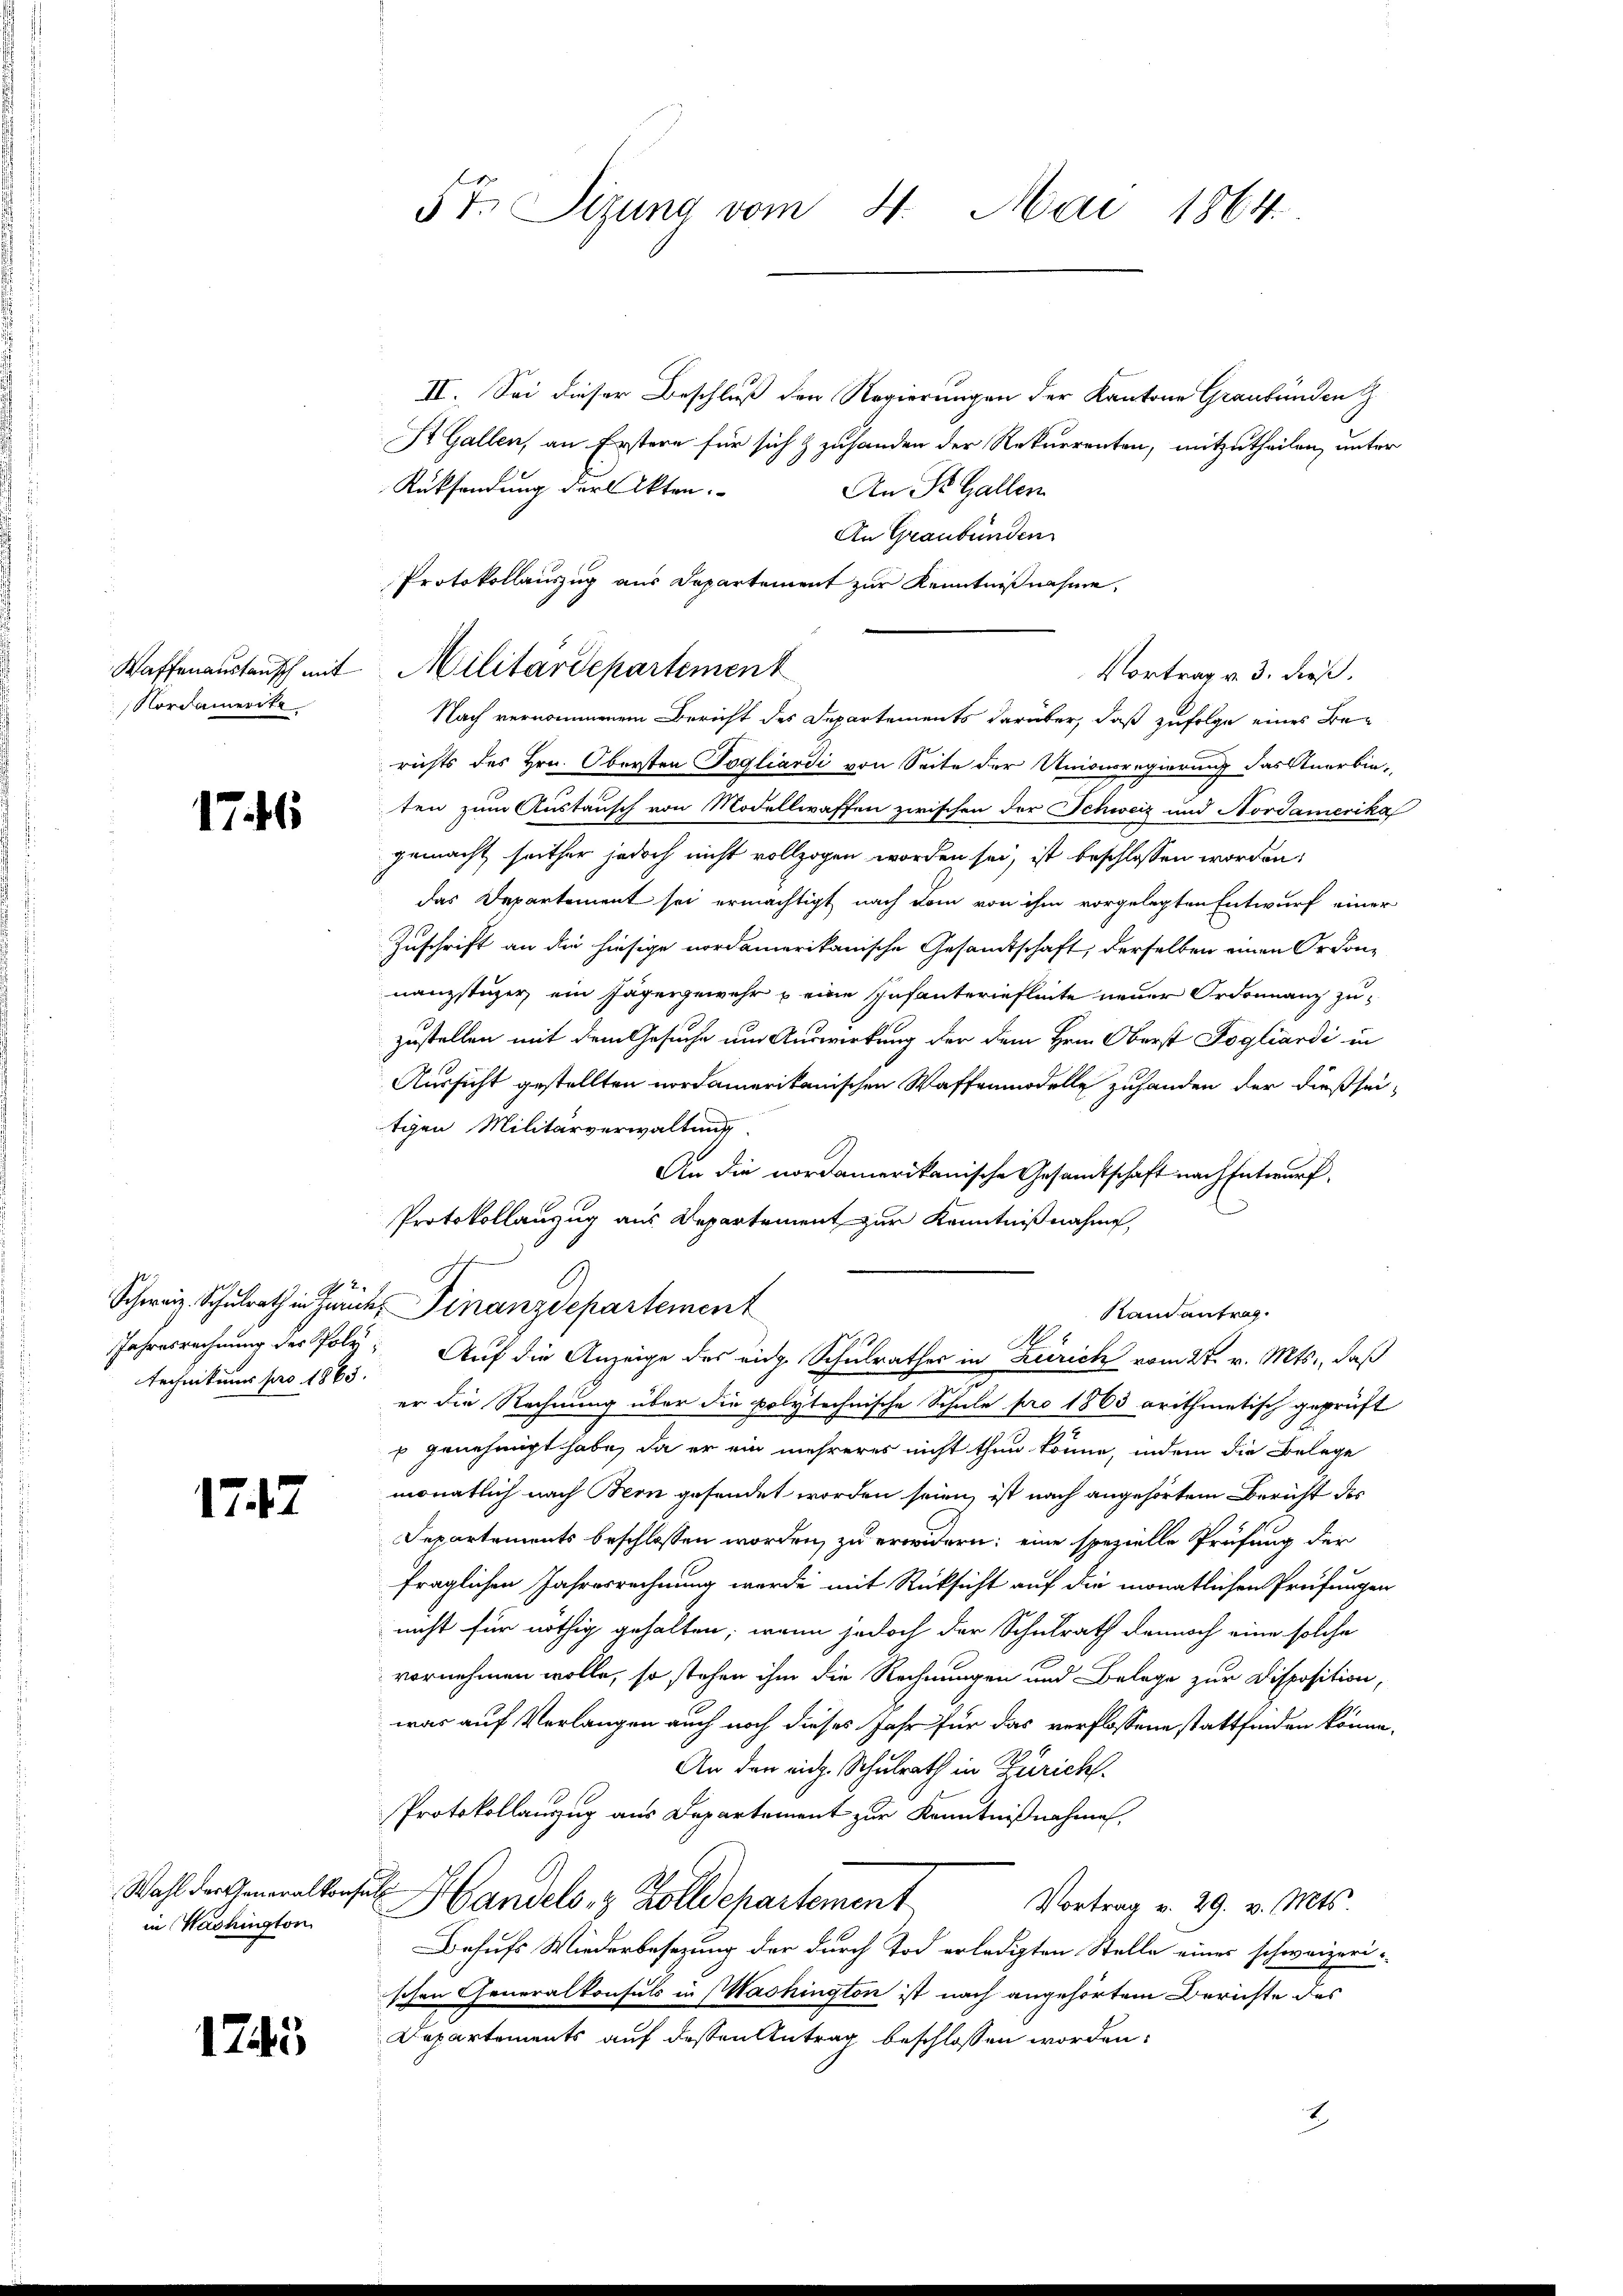
Waffenaustausch mit
Nordamerite

1746

technitums pro 1863.

1747

Wahl der Generalkonse
in Washington

1745

E
5 t. Sizung vom 4. Mai 1864.

II. Sei dieser Beschluß den Regierungen der Kantone Graubünden Z
St. Gallen, an Erstere für sich & zuhanden der Rekurrenten, mitzutheilen, unter
Rüksendung der Akten.
An St. Gallen
An Graubünden
richts des Hrn. Obersten Togliardi von Seite der Unionsregierung das Anerbie-
ten zum Austausch von Modellwaffen zwischen der Schweiz und Nordamerika
gemacht seither jedoch nicht vollzogen worden sei, ist beschlossen worden;
das Departement sei ermächtigt nach dem von ihm vorgelegten Entwurf einer
Zuschrift an die hiesige nordamerikanische Gesandtschaft, derselben einen Ordon-
nanzstüzer ein Jägergewehr & eine Infanterieflente neuer Ordonnanz zu-
zustellen mit dem Gesuche um Auswirkung der dem Hrn. Oberst Fogliardi in
Aussicht gestellten nordamerikanischen Waffenmodelle zuhanden der dießsei-
tigen Militärverwaltung
An die nordamerikanische Gesandtschaft nach Entwurf.
Protokollanzug aus Departement zur Kenntnißnahme,
It
Schweiz. Schulrath in Zürich Finanzdepartement
Stain antrag.
i
Jahresrechnung des Poly. Auf die Anzeige des eige Schulrathes in Zürich vom 27. v. Mts., daß
er die Rechnung über die polytechnische Schule pro 1863 arithmetisch geprüft
 genehmigt habe, da er ein mehreres nicht thun könne, indem die Belege
monatlich nach Bern gesendet worden seien, ist nach angehörtem Bericht des
Departements beschlossen worden, zu erwidern; eine spezielle Prüfung der
fraglichen Jahresrechnung werde mit Rücksicht auf die monatlichen Prüfungen
nicht für nöthig gehalten; wenn jedoch der Schulrath dennoch eine solche
vornehmen wolle, so stehen ihm die Rechnungen und Belege zur Disposition,
was auf Verlangen auch noch dieses Jahr für das verflossene stattfinden könne,
An den mich. Schulrath in Zürich.
Protokollauszug aus Departement zur Kenntnißnahme,
d
Handels- & Zolldepartement
Vortrag v. 29. v. Mts.
Behufs Wiederbesezung der durch Tod erledigten Stelle eines schweizerischen Generalkonsuls in Washington ist nach angehörtem Berichte des
Departements auf dessen Antrag beschlossen worden.
2

Protokollauszug aus Departement zur Kenntnißnahme,
Militärdepartement
Vortrag v. 3. dieß.
Nach vernommenem Bericht des Departements darüber, daß zufolge eines Be-